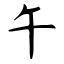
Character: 午